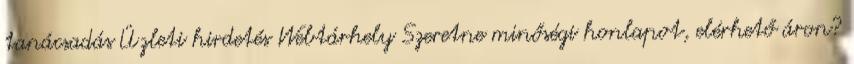
tanácsadás Üzleti hirdetés Webtárhely Szeretne minőségi honlapot, elérhető áron?